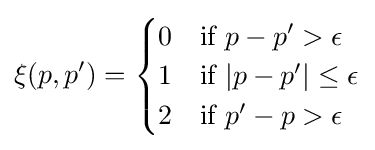
\xi (p,p')={\begin{cases}0&{\text{if }}p-p'>\epsilon \\1&{\text{if }}|p-p'|\leq \epsilon \\2&{\text{if }}p'-p>\epsilon \end{cases}}